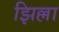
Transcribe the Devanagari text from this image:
झिल्ला